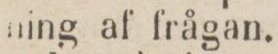
ning af frågan.